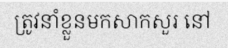
ត្រូវនាំខ្លួនមកសាកសួរ នៅ